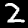
Digit: 2